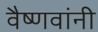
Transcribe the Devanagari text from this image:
वैष्णवांनी